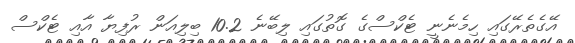
އޭގެތެރޭގައި ހިމެނެނީ ޓެކްސްގެ ގޮތުގައި ލިބޭނެ 10.2 ބިލިއަން ރުފިޔާ އާއި ޓެކްސް